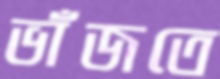
ভাঁজতে